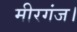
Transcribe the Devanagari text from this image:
मीरगंज।